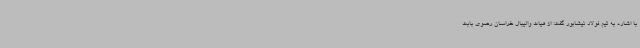
با اشاره به تیم فولاد نیشابور گفت: از هیات والیبال خراسان رضوی بابت